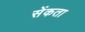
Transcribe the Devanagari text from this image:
सेंकता